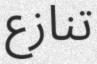
تنازع